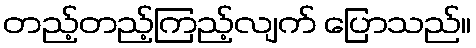
တည့်တည့်ကြည့်လျက် ပြောသည်။